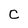
Character: C